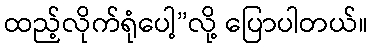
ထည့်လိုက်ရုံပေါ့”လို့ ပြောပါတယ်။